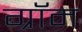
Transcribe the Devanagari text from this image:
ग्रॉम